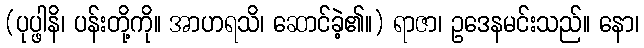
(ပုပ္ဖါနိ၊ ပန်းတို့ကို။ အာဟရသိ၊ ဆောင်ခဲ့၏။) ရာဇာ၊ ဥဒေနမင်းသည်။ နော၊